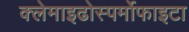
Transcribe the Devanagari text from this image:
क्लेमाइढोस्पर्मोफाइटा